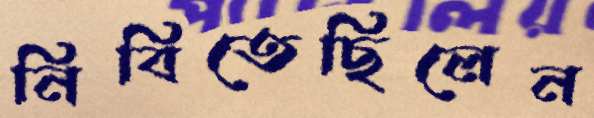
নিবিতেছিলেন